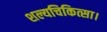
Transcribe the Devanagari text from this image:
शल्यचिकित्सा।